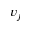
v _ { j }